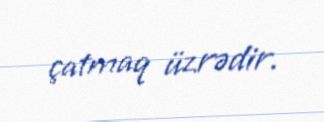
çatmaq üzrədir.